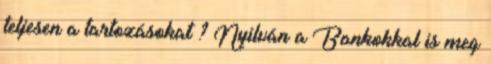
teljesen a tartozásokat ? Nyilván a Bankokkal is meg